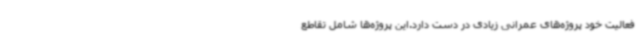
فعالیت خود پروژه‌های عمرانی زیادی در دست دارد.این پروژه‌ها شامل تقاطع